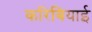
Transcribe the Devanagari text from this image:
करिबियाई